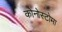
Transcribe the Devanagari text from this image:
कोनोस्टोमा